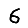
Digit: 6